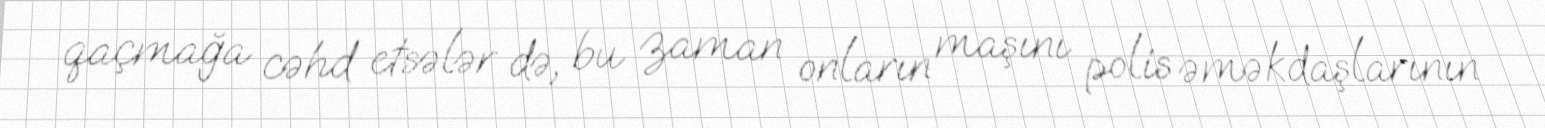
qaçmağa cəhd etsələr də, bu zaman onların maşını polis əməkdaşlarının